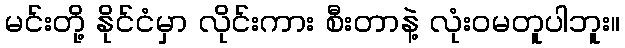
မင်းတို့ နိုင်ငံမှာ လိုင်းကား စီးတာနဲ့ လုံးဝမတူပါဘူး။